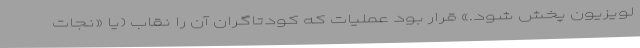
لویزیون پخش شود.» قرار بود عملیات که کودتاگران آن را نقاب (یا «نجات